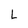
Character: L